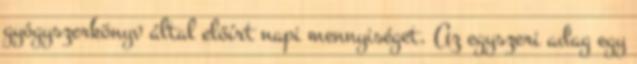
gyógyszerkönyv által előírt napi mennyiséget. Az egyszeri adag egy